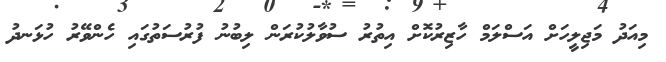
މިއަދު މަޖިލީހަށް އަސްލަމް ހާޒިރުކޮށް އިތުރު ސުވާލުކުރަން ލިބުނު ފުރުސަތުގައި ހެންވޭރު ހުޅަނދު